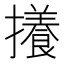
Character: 攁